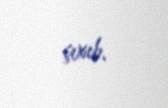
çıxıb.